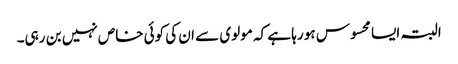
البتہ ایسا محسوس ہو رہا ہے کہ مولوی سے ان کی کوئی خاص نہیں بن رہی۔